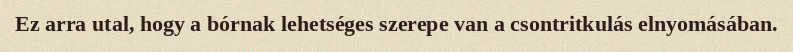
Ez arra utal, hogy a bórnak lehetséges szerepe van a csontritkulás elnyomásában.